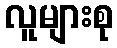
လူများစု